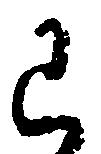
已